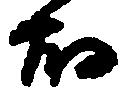
畑